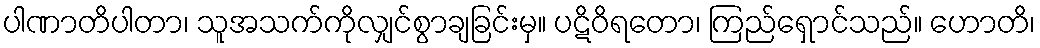
ပါဏာတိပါတာ၊ သူအသက်ကိုလျှင်စွာချခြင်းမှ။ ပဋိဝိရတော၊ ကြည်ရှောင်သည်။ ဟောတိ၊